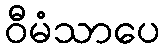
ဝီမံသာပေ